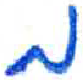
אות: ב